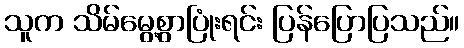
သူက သိမ်မွေ့စွာပြုံးရင်း ပြန်ပြောပြသည်။